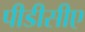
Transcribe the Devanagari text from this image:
पीडीसीए